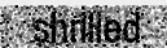
shrilled